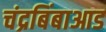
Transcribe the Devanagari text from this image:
चंद्रबिंबाआड